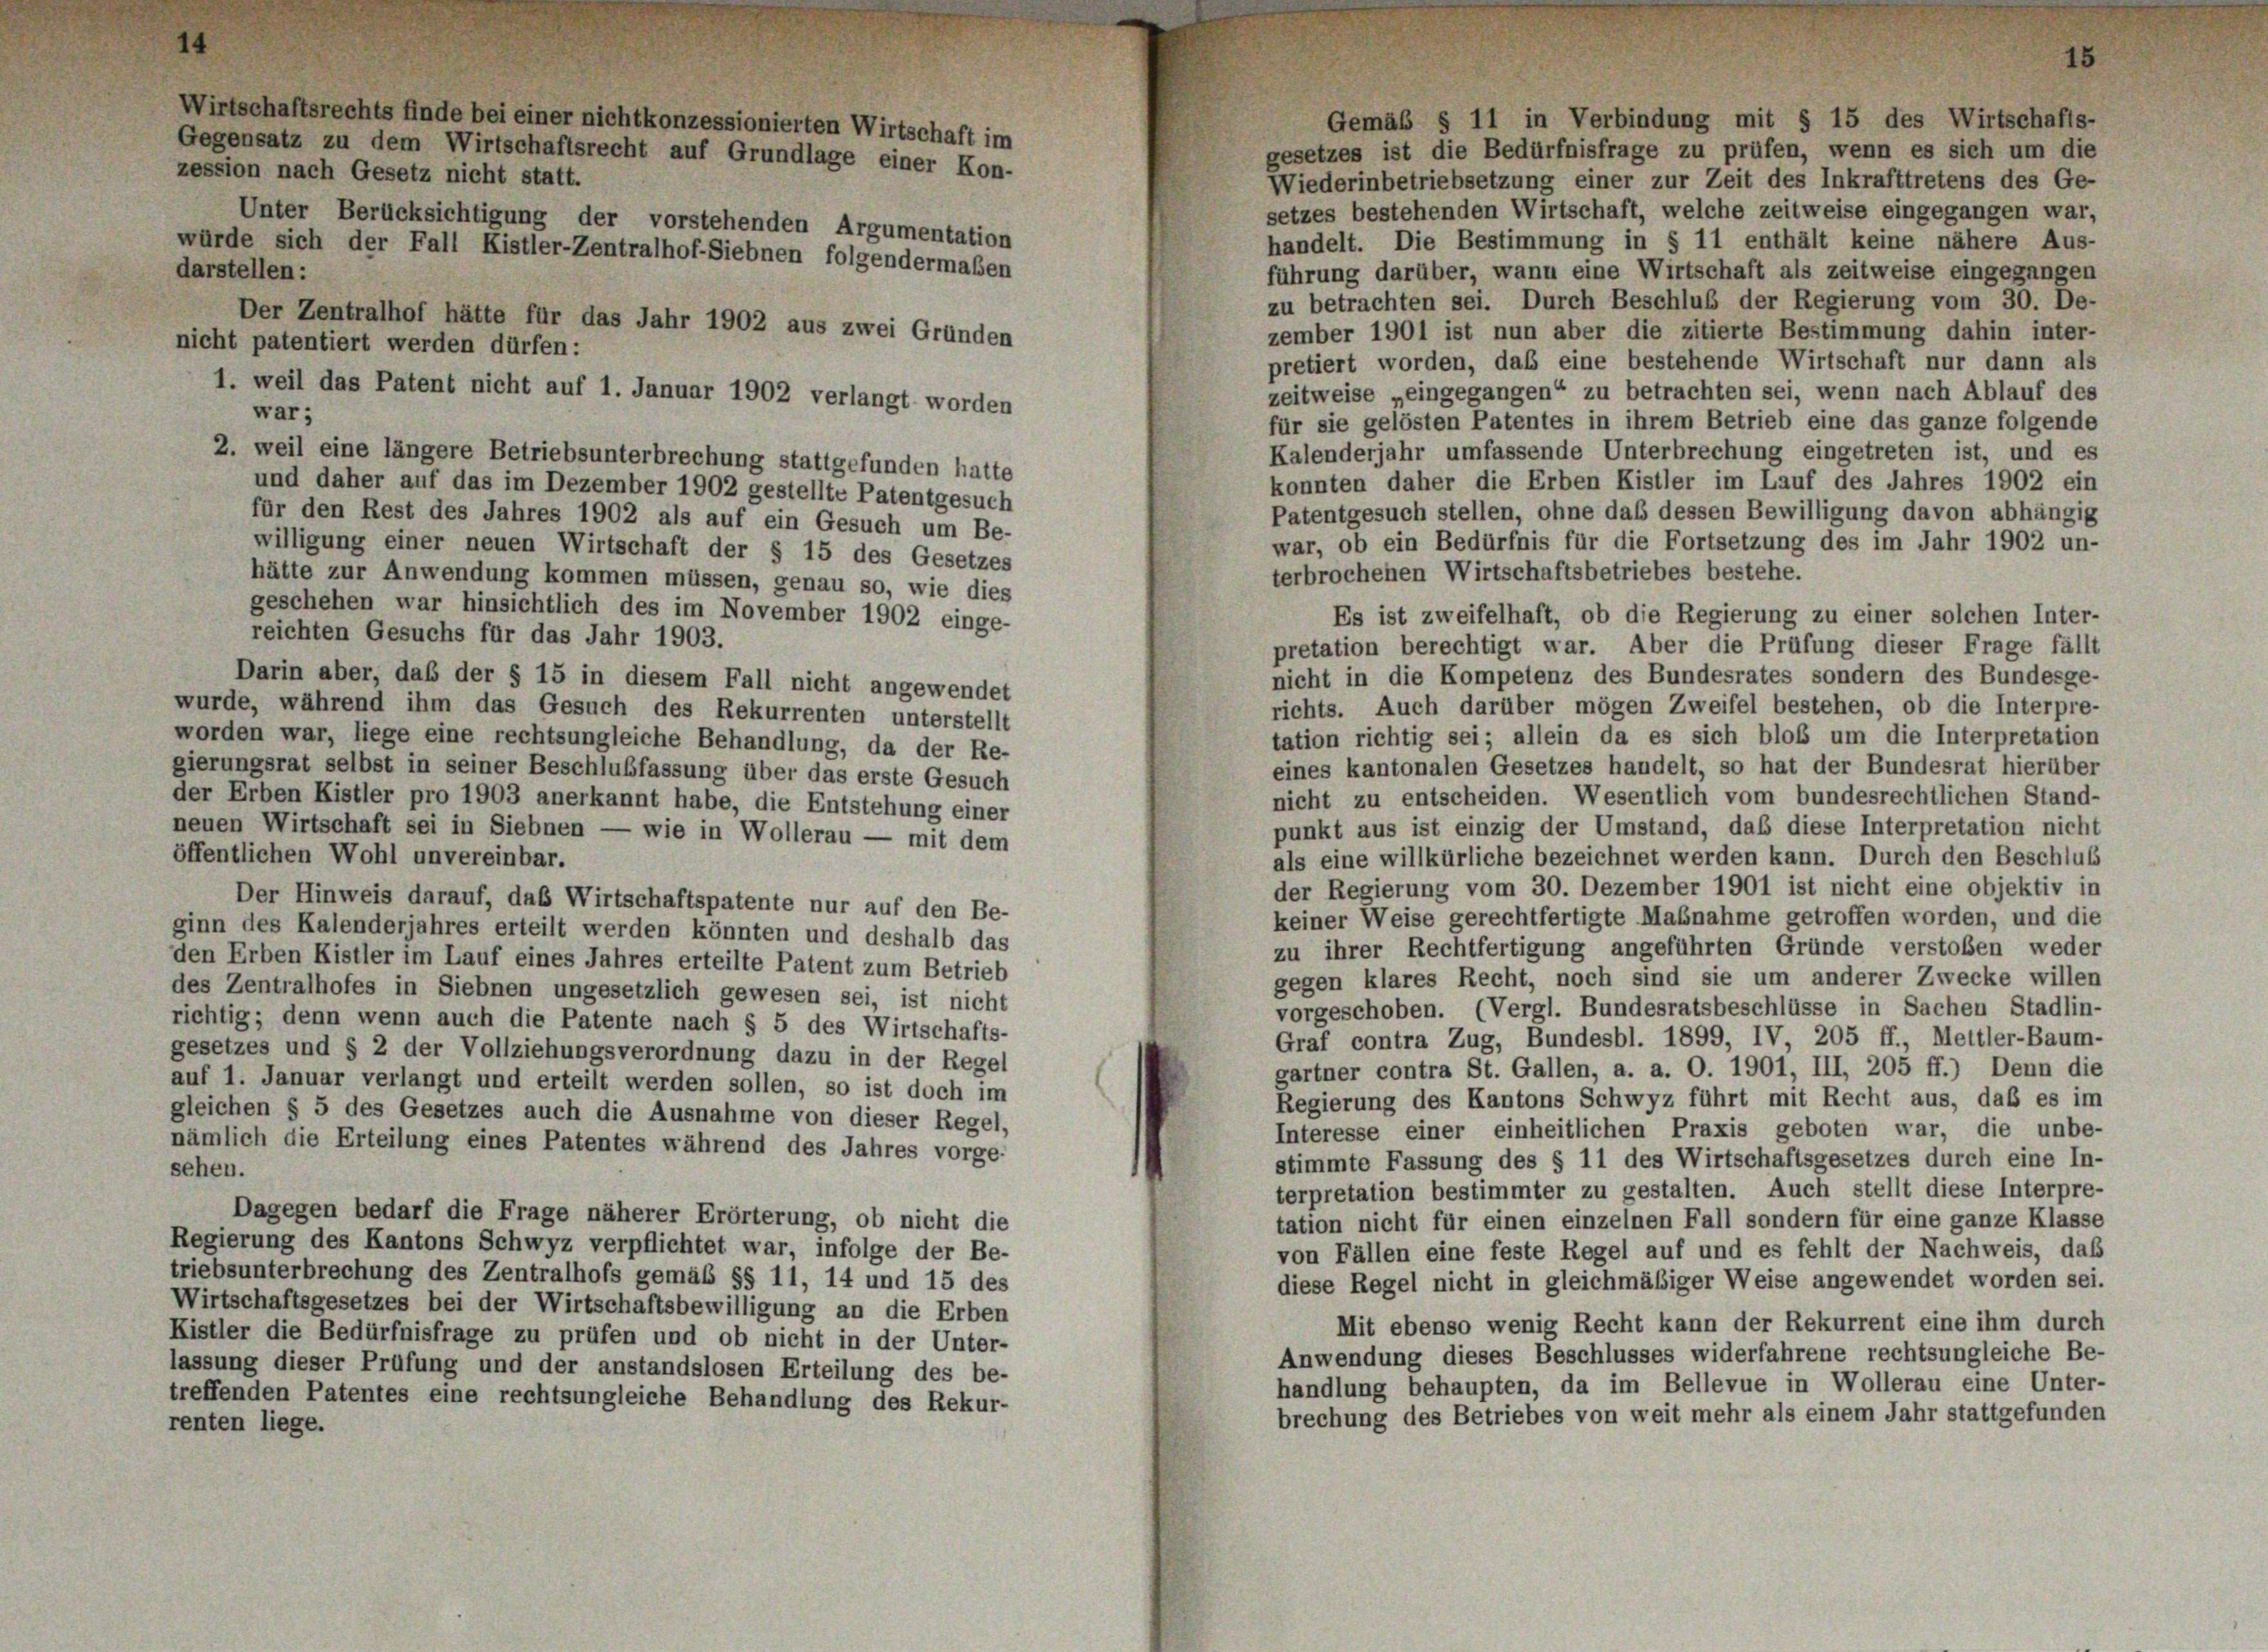
Unter Berücksichtigung der vorstehenden Argumentation
würde sich der Fall Kistler-Zentralhof-Siebnen folgendermaßen
darstellen:
Der Zentralhof hätte für das Jahr 1902 aus zwei Gründen
nicht patentiert werden dürfen:
1. weil das Patent nicht auf 1. Januar 1902 verlangt worden

Gemäß § 11 in Verbindung mit § 15 des Wirtschafts-
gesetzes ist die Bedürfnisfrage zu prüfen, wenn es sich um die
Wiederinbetriebsetzung einer zur Zeit des Inkrafttretens des Ge-
setzes bestehenden Wirtschaft, welche zeitweise eingegangen war,
handelt. Die Bestimmung in § 11 enthält keine nähere Aus-
führung darüber, wann eine Wirtschaft als zeitweise eingegangen
zu betrachten sei. Durch Beschluß der Regierung vom 30. De-
zember 1901 ist nun aber die zitierte Bestimmung dahin inter-
pretiert worden, das eine bestehende Wirtschaft nur dann als
zeitweise „eingegangen“ zu betrachten sei, wenn nach Ablauf des
war;
für sie gelösten Patentes in ihrem Betrieb eine das ganze folgende
Kalenderjahr umfassende Unterbrechung eingetreten ist, und es
2. weil eine längere Betriebsunterbrechung stattgefunden hatte
konnten daher die Erben Kistler im Lauf des Jahres 1902 ein
und daher auf das im Dezember 1902 gestellte Patentgesuch
Patentgesuch stellen, ohne daß dessen Bewilligung davon abhängig
für den Rest des Jahres 1902 als auf ein Gesuch um Be-
war, ob ein Bedürfnis für die Fortsetzung des im Jahr 1902 un-
willigung einer neuen Wirtschaft der § 15 des Gesetzes
terbrochenen Wirtschaftsbetriebes bestehe.
hätte zur Anwendung kommen müssen, genau so, wie dies
geschehen war hinsichtlich des im November 1902 einge-
Es ist zweifelhaft, ob die Regierung zu einer solchen Inter-
reichten Gesuchs für das Jahr 1903.
pretation berechtigt war. Aber die Prüfung dieser Frage fällt
nicht in die Kompetenz des Bundesrates sondern des Bundesge-
Darin aber, daß der § 15 in diesem Fall nicht angewendet
richts. Auch darüber mögen Zweifel bestehen, ob die Interpre-
wurde, während ihm das Gesuch des Rekurrenten unterstellt
tation richtig sei; allein da es sich bloß um die Interpretation
worden war, liege eine rechtsungleiche Behandlung, da der Re-
eines kantonalen Gesetzes handelt, so hat der Bundesrat hierüber
gierungsrat selbst in seiner Beschlußfassung über das erste Gesuch
nicht zu entscheiden. Wesentlich vom bundesrechtlichen Stand-
der Erben Kistler pro 1903 anerkannt habe, die Entstehung einer
punkt aus ist einzig der Umstand, daß diese Interpretation nicht
neuen Wirtschaft sei in Siebnen — wie in Wollerau — mit dem
öffentlichen Wohl unvereinbar.
als eine willkürliche bezeichnet werden kann. Durch den Beschluß
der Regierung vom 30. Dezember 1901 ist nicht eine objektiv in
Der Hinweis darauf, das Wirtschaftspatente nur auf den Be-
keiner Weise gerechtfertigte Maßnahme getroffen worden, und die
ginn des Kalenderjahres erteilt werden könnten und deshalb das
zu ihrer Rechtfertigung angeführten Gründe verstoßen weder
den Erben Kistler im Lauf eines Jahres erteilte Patent zum Betrieb
gegen klares Recht, noch sind sie um anderer Zwecke willen
des Zentralhofes in Siebnen ungesetzlich gewesen sei, ist nicht
vorgeschoben. (Vergl. Bundesratsbeschlüsse in Sachen Stadlin-
richtig; denn wenn auch die Patente nach § 5 des Wirtschafts-
Graf contra Zug, Bundesbl. 1899, IV, 205 ff., Mettler-Baum-
gesetzes und § 2 der Vollziehungsverordnung dazu in der Regel
gartner contra St. Gallen, a. a. O. 1901, III, 205 ff.) Denn die
auf 1. Januar verlangt und erteilt werden sollen, so ist doch im
Regierung des Kantons Schwyz führt mit Recht aus, daß es im
gleichen § 5 des Gesetzes auch die Ausnahme von dieser Regel,
Interesse einer einheitlichen Praxis geboten war, die unbe-
nämlich die Erteilung eines Patentes während des Jahres vorge-
stimmte Fassung des § 11 des Wirtschaftsgesetzes durch eine In-
sehen.
terpretation bestimmter zu gestalten. Auch stellt diese Interpre-
Dagegen bedarf die Frage näherer Erörterung, ob nicht die
tation nicht für einen einzelnen Fall sondern für eine ganze Klasse
Regierung des Kantons Schwyz verpflichtet war, infolge der Be-
von Fällen eine feste Regel auf und es fehlt der Nachweis, daß
triebsunterbrechung des Zentralhofs gemäß §§ 11, 14 und 15 des
diese Regel nicht in gleichmäßiger Weise angewendet worden sei.
Wirtschaftsgesetzes bei der Wirtschaftsbewilligung an die Erben
Mit ebenso wenig Recht kann der Rekurrent eine ihm durch
Kistler die Bedürfnisfrage zu prüfen und ob nicht in der Unter-
Anwendung dieses Beschlusses widerfahrene rechtsungleiche Be-
lassung dieser Prüfung und der anstandslosen Erteilung des be-
handlung behaupten, da im Bellevue in Wollerau eine Unter-
treffenden Patentes eine rechtsungleiche Behandlung des Rekur-
brechung des Betriebes von weit mehr als einem Jahr stattgefunden
renten liege.

Wirtschaftsrechts finde bei einer nichtkonzessionierten Wirtschaft im
Gegensatz zu dem Wirtschaftsrecht auf Grundlage einer Kon-
zession nach Gesetz nicht statt.